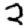
Digit: 2